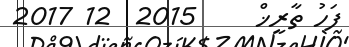
ފަހު ތާރީޚް     2015  12 2017